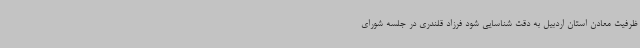
ظرفیت معادن استان اردبیل به دقت شناسایی شود فرزاد قلندری در جلسه شورای